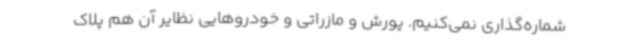
شماره‌گذاری نمی‌کنیم. پورش و مازراتی و خودروهایی نظایر آن هم پلاک